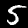
Digit: 5